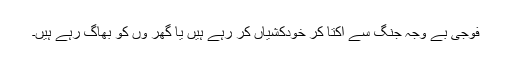
فوجی بے وجہ جنگ سے اکتا کر خودکشیاں کر رہے ہیں یا گھر وں کو بھاگ رہے ہیں۔